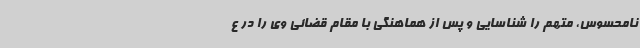
نامحسوس، متهم را شناسایی و پس از هماهنگی با مقام قضائی وی را در ع